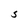
Character: S